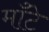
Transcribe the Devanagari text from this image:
मॉँटे